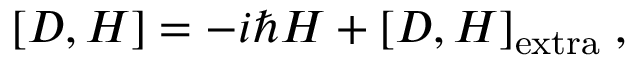
[ D , H ] = - i \hbar H + [ D , H ] _ { \mathrm { e x t r a } } \; ,